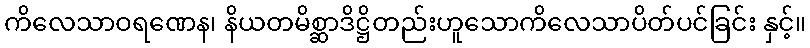
ကိလေသာဝရဏေန၊ နိယတမိစ္ဆာဒိဋ္ဌိတည်းဟူသောကိလေသာပိတ်ပင်ခြင်း နှင့်။